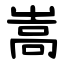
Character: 嵩